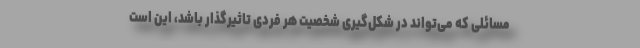
مسائلی که می‌تواند در شکل‌گیری شخصیت هر فردی تاثیرگذار باشد، این است